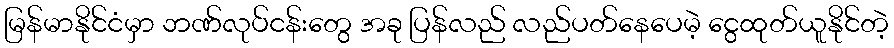
မြန်မာနိုင်ငံမှာ ဘဏ်လုပ်ငန်းတွေ အခု ပြန်လည် လည်ပတ်နေပေမဲ့ ငွေထုတ်ယူနိုင်တဲ့